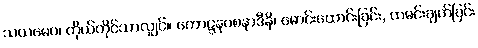
သယမေဝ၊ ကိုယ်တိုင်သာလျှင်။ ကောဋ္ဋနပစနာဒီနိ၊ မောင်းထောင်းခြင်း, ထမင်းချက်ခြင်း